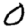
Digit: 0